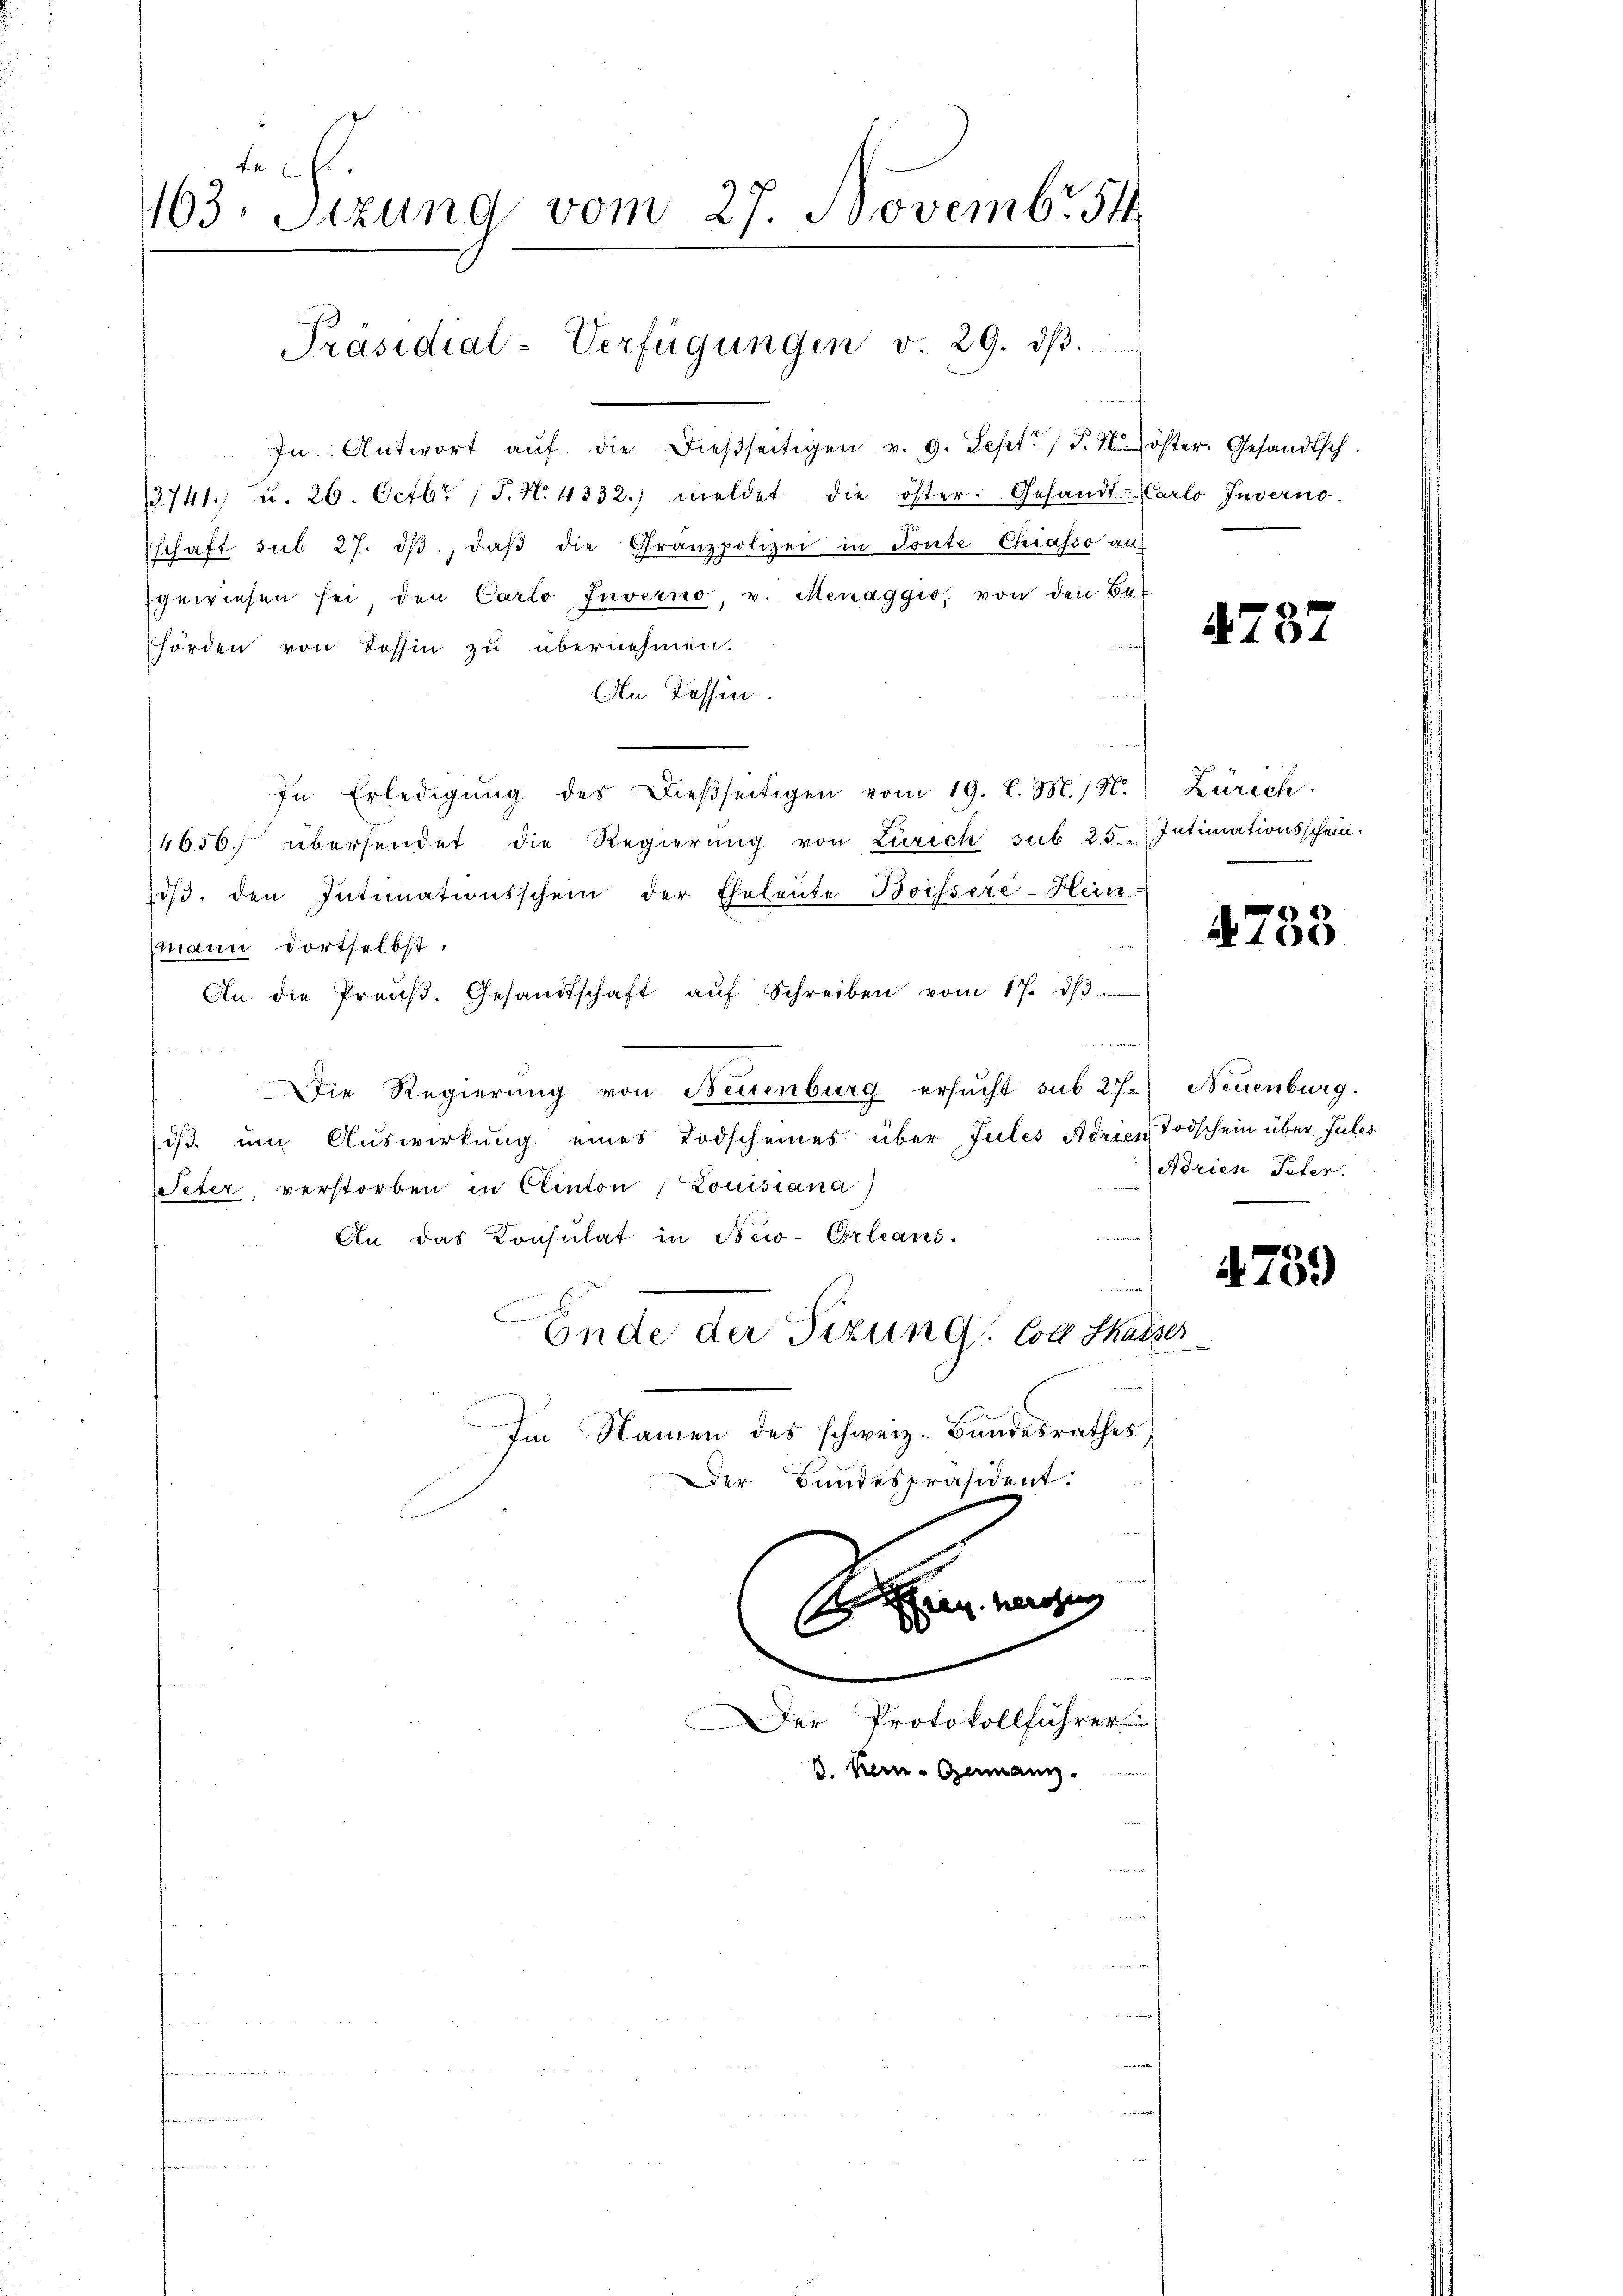
E
1163. Sizung vom 27. Novembr 54

Präsidial-Verfügungen v. 29. dβ.

In Antwort aŭf die dießseitigen v. 9. Sept. / P. Nr. öster. Gesandtsch.
3741. u. 26. Octbr. 15. N. 4332. meldet die öster. Gesandt-Carlo Inverno.
schaft sub 27. dβ, daβ die Granzpolizei in Toute Chiasso aus
gewiesen sei den Carto Inverno, v. Menaggio, von den Be-
hörden von Tessin zu übernehmen.
An Tessin.
In Erledigŭng des Dieβseitigen vom 19. d. M. / N.) Zürich.
4656. übersendet die Regierŭng von Zürich sub 25. Intimationsschein.
dβ. den Intimationsschein der Eheleute Boissere-Hein-
mann dortselbst.
An die Preŭβ. Gesandtschaft aŭf Schreiben vom 17. dβ
Die Regierung von Neuenburg ersŭcht sub 27.) Neuenburg.
is um Auswirkung eines Todscheines über Jules Adrien Todschein über Jules
.
Peter, verstorben in Clinton Louisiana
An das Konsulat in New-Orleant-
.
Ende der Sizung. Coll thaiser
e
Im Namen des schweiz. Bundesrathes
Der Bundespräsident.

ren herzu
1

Der Protokollführer
J. Kern-Germann.

Adrien Peter.

4787

4788

4789